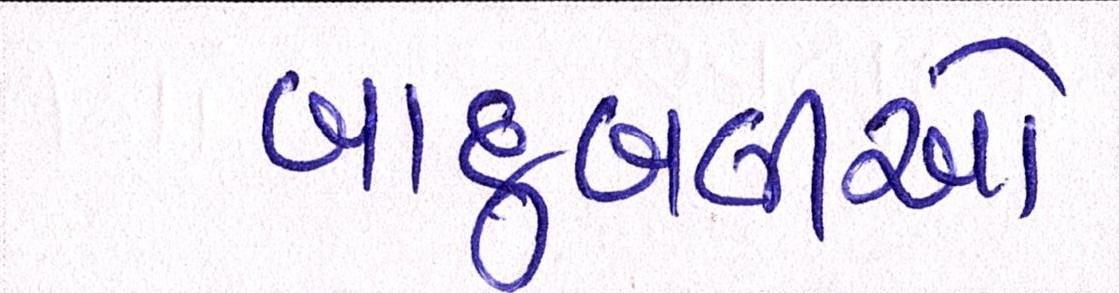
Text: બાદુબલીઓ